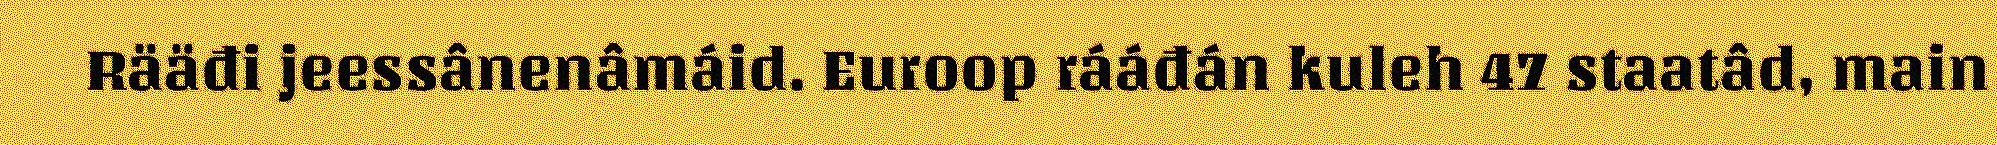
Rääđi jeessânenâmáid. Euroop rááđán kuleh 47 staatâd, main